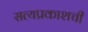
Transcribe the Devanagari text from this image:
सत्यप्रकाशची